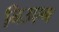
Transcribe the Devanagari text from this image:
निउएन